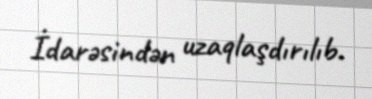
İdarəsindən uzaqlaşdırılıb.